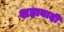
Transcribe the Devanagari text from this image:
शहाबादी